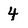
Character: 4